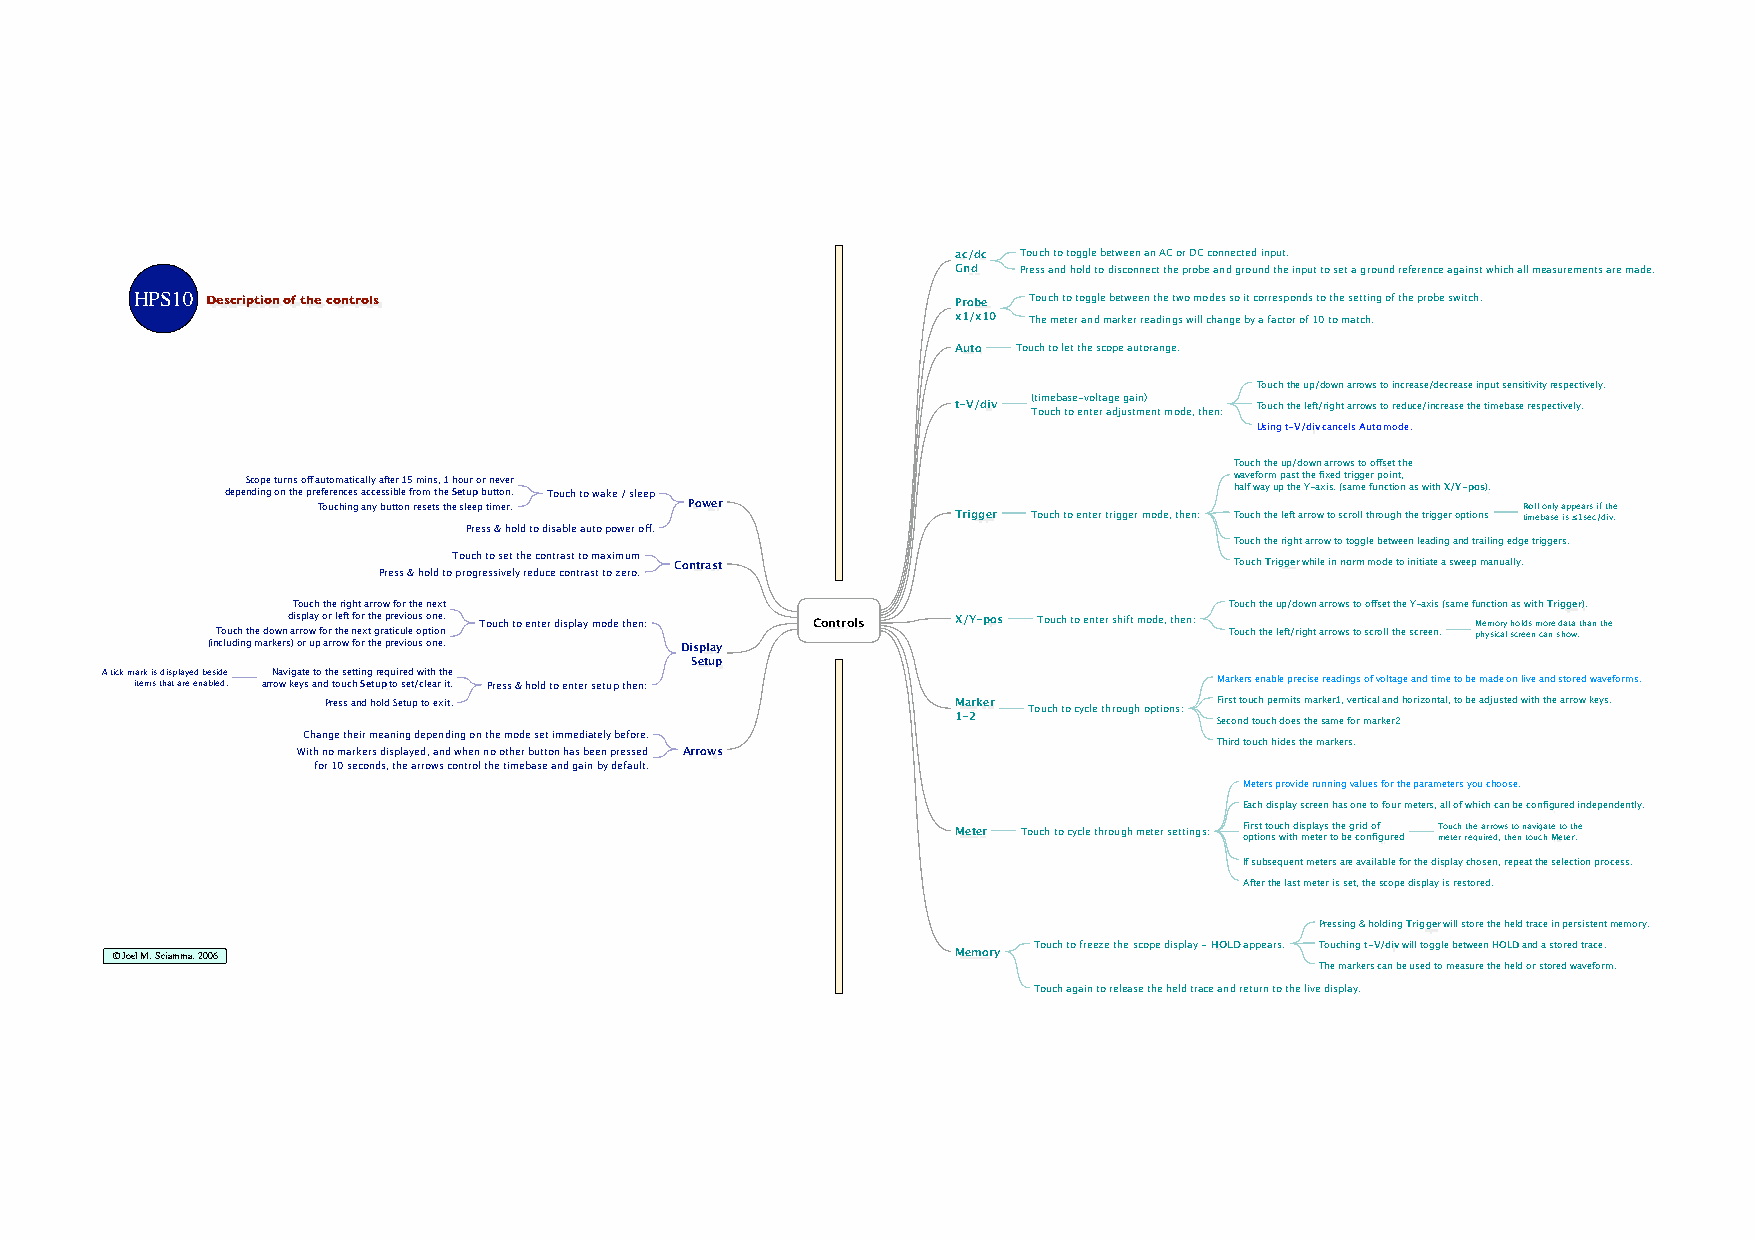
ac/dc Touch to toggle between an AC or DC connected input.
 Gnd Press and hold to disconnect the probe and ground the input to set a ground reference against which all measurements are made.
 HPS10 Description of the controls                     Probe Touch to toggle between the two modes so it corresponds to the setting of the probe switch.
 x1/x10 The meter and marker readings will change by a factor of 10 to match.
 Auto Touch to let the scope autorange.
 Touch the up/down arrows to increase/decrease input sensitivity respectively.
 t-V/div ( Tt oim uce hb a ts oe e- nv to elt ra ag de j ug sa ti mn) ent mode, then: Touch the left/right arrows to reduce/increase the timebase respectively.
 Using t-V/div cancels Auto mode.
 Touch the up/down arrows to offset the
 Scope turns off automatically after 15 mins, 1 hour or never      waveform past the fixed trigger point,
 depending on the preferences accessible from the Setup button. Touch to wake / sleep half way up the Y-axis. (same function as with X/Y-pos).
 Touching any button resets the sleep timer. Power Trigger Touch to enter trigger mode, then: Touch the left arrow to scroll through the trigger options R timol el bo an sly e a isp ≤pe 1a sr es c i /f d t ih ve .
 Press & hold to disable auto power off.
 Touch the right arrow to toggle between leading and trailing edge triggers.
 Touch to set the contrast to maximum
 Contrast                             Touch Trigger while in norm mode to initiate a sweep manually.
 Press & hold to progressively reduce contrast to zero.
 Touch the right arrow for the next                            Touch the up/down arrows to offset the Y-axis (same function as with Trigger).
 display or left for the previous one. Touch to enter display mode then: Controls X/Y-pos Touch to enter shift mode, then: Memory holds more data than the
 Touch the down arrow for the next graticule option                 Touch the left/right arrows to scroll the screen. physical screen can show.
 (including markers) or up arrow for the previous one. Display
 Setup
 A tick mark is displayed beside Navigate to the setting required with the
 items that are enabled. arrow keys and touch Setup to set/clear it. Press & hold to enter setup then: Markers enable precise readings of voltage and time to be made on live and stored waveforms.
 Press and hold Setup to exit.            Marker Touch to cycle through options: First touch permits marker1, vertical and horizontal, to be adjusted with the arrow keys.
 1-2               Second touch does the same for marker2
 Change their meaning depending on the mode set immediately before.
 Third touch hides the markers.
 With no markers displayed, and when no other button has been pressed Arrows
 for 10 seconds, the arrows control the timebase and gain by default.
 Meters provide running values for the parameters you choose.
 Each display screen has one to four meters, all of which can be configured independently.
 Meter Touch to cycle through meter settings: F oi prs tit o t no su wch it hd i msp el ta ey rs tt oh e b eg r ci od n o fif g ured T mo eu tech r rt eh qe u a irr ero dw , ts h t eo n n ta ov ui cg ha t Me eto te t rh .e
 If subsequent meters are available for the display chosen, repeat the selection process.
 After the last meter is set, the scope display is restored.
 Pressing & holding Trigger will store the held trace in persistent memory.
 © Joel M. Sciamma, 2006                                 Memory Touch to freeze the scope display - HOLD appears. Touching t-V/div will toggle between HOLD and a stored trace.
 The markers can be used to measure the held or stored waveform.
 Touch again to release the held trace and return to the live display.